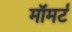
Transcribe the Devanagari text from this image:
मॉमर्ट